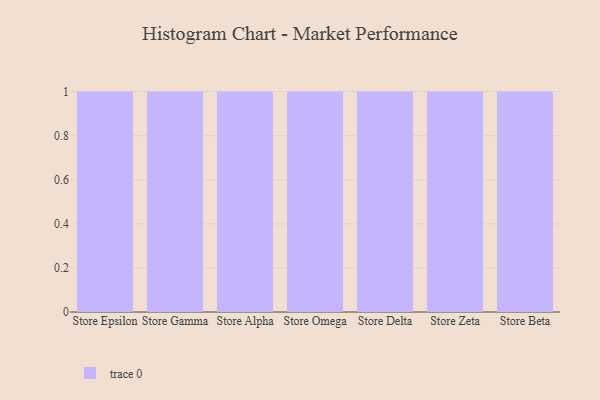
{"axis": {"x": "Store", "y": "Backlog"}, "legend": [""], "data": [{"x": "Store Epsilon", "y": 69, "type": ""}, {"x": "Store Gamma", "y": 12, "type": ""}, {"x": "Store Alpha", "y": 34, "type": ""}, {"x": "Store Omega", "y": 57, "type": ""}, {"x": "Store Delta", "y": 64, "type": ""}, {"x": "Store Zeta", "y": 32, "type": ""}, {"x": "Store Beta", "y": 14, "type": ""}]}